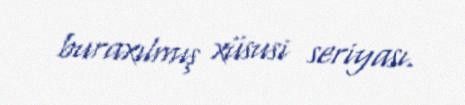
buraxılmış xüsusi seriyası.